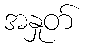
အနှုတ်